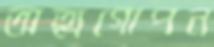
অত্মগোপন